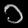
Digit: ၁